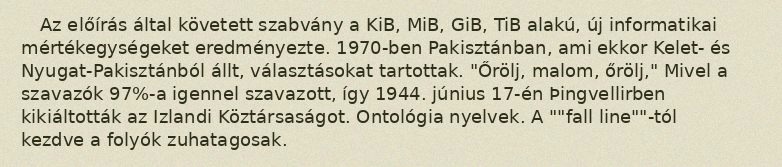
Az előírás által követett szabvány a KiB, MiB, GiB, TiB alakú, új informatikai mértékegységeket eredményezte. 1970-ben Pakisztánban, ami ekkor Kelet- és Nyugat-Pakisztánból állt, választásokat tartottak. "Őrölj, malom, őrölj," Mivel a szavazók 97%-a igennel szavazott, így 1944. június 17-én Þingvellirben kikiáltották az Izlandi Köztársaságot. Ontológia nyelvek. A ""fall line""-tól kezdve a folyók zuhatagosak.